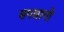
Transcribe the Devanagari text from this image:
सपसागो